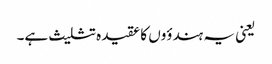
یعنی یہ ہندؤوں کا عقیدہ تثلیث ہے۔